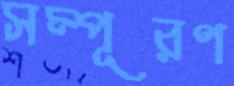
সম্পূরণ